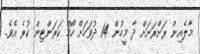
މާލެއިން ރަށްރަށަށް ދާ މީހުން 14 ދުވަހަށް ހޯމް ކަރަންޓިން ކުރެ އެވެ.